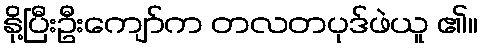
နို့ပြီးဦးကျော်က တလတပုဒ်ဖဲယူ ၏။